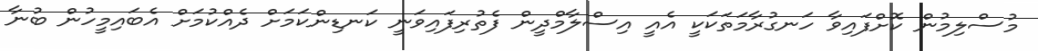
މުސްލިމުން ކޮށްފައިވާ ހަނގުރާމަތަކަކީ އެއީ އިސްލާމްދީން ފެތުރިފައިވަނީ ކަނޑިންކަމަށް ދެއްކުމަށް އެބައިމީހުން ބުނާ